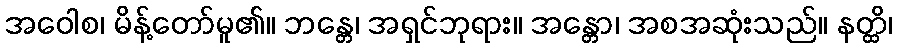
အဝေါစ၊ မိန့်တော်မူ၏။ ဘန္တေ၊ အရှင်ဘုရား။ အန္တော၊ အစအဆုံးသည်။ နတ္ထိ၊